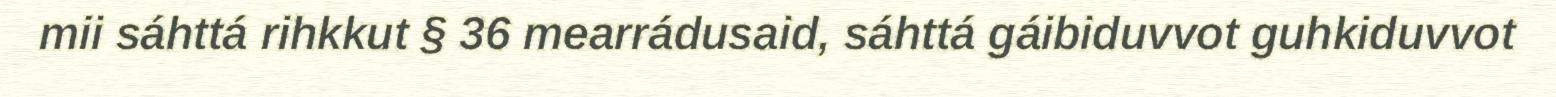
mii sáhttá rihkkut § 36 mearrádusaid, sáhttá gáibiduvvot guhkiduvvot